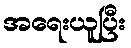
အရေးယူပြီး